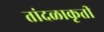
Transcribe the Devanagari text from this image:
तांदळाकृती